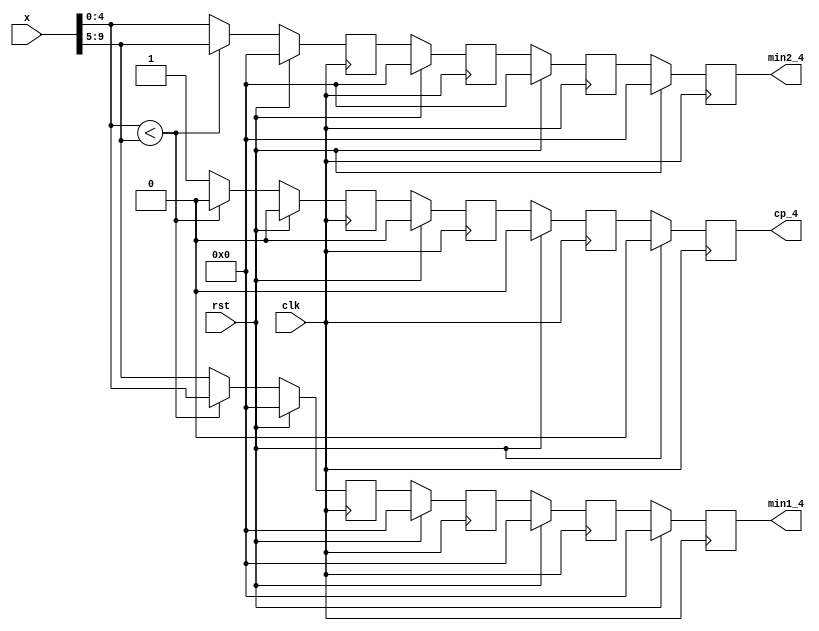
`timescale 1ns / 1ps
//////////////////////////////////////////////////////////////////////////////////
// Company: 
// Engineer: 
// 
// Design Name: 
// Module Name: m2VG_pipelined
// Project Name: 
// Target Devices: 
// Tool Versions: 
// Description: 
// 
// Dependencies: 
// 
// Revision:
// Revision 0.01 - File Created
// Additional Comments:
// 
//////////////////////////////////////////////////////////////////////////////////


module m2VG_pipelined(
     min1_4,
     min2_4,
     cp_4,
     x,
     clk,rst
    );
    
    parameter W=6;
    parameter Wc=2;
    
        output reg [W-2:0]min1_4;
        output reg [W-2:0]min2_4;
        output reg cp_4;
        input [(W-1)*Wc-1:0]x;
        input clk;
        input rst;
    wire [W-2:0]min1_wire;
    wire [W-2:0]min2_wire;
    wire cp_wire;
    
    reg [W-2:0]min1_1,min1_2,min1_3;
    reg [W-2:0]min2_1,min2_2,min2_3;
    reg cp_1,cp_2,cp_3;
    always@(posedge clk) begin
        if(rst)begin
            min1_1 <= 0;
            min2_1 <= 0;
            cp_1 <= 0;
            
            min1_2 <= 0;
            min2_2 <= 0;
            cp_2 <= 0;
            
            min1_3 <= 0;
            min2_3 <= 0;
            cp_3 <= 0;
            
            min1_4 <= 0;
            min2_4 <= 0;
            cp_4 <= 0;
        end
        else begin
            min1_1 <= min1_wire;
            min2_1 <= min2_wire;
            cp_1 <= cp_wire;
            
            min1_2 <= min1_1;
            min2_2 <= min2_1;
            cp_2 <= cp_1;
            
            min1_3 <= min1_2;
            min2_3 <= min2_2;
            cp_3 <= cp_2;
            
            min1_4 <= min1_3;
            min2_4 <= min2_3;
            cp_4 <= cp_3;
        end
    end
    
    assign min1_wire = x[W-2:0]<x[Wc*(W-1)-1:W-1]?x[W-2:0]:x[Wc*(W-1)-1:W-1];
    assign min2_wire = x[W-2:0]<x[Wc*(W-1)-1:W-1]?x[Wc*(W-1)-1:W-1]:x[W-2:0];
    assign cp_wire = x[W-2:0]<x[Wc*(W-1)-1:W-1]?0:1;
endmodule